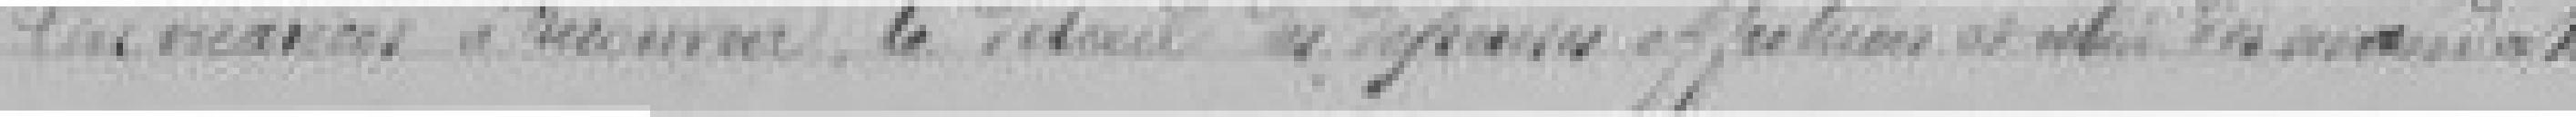
des créances à recouvrir, le détail des dépenses effectuées et celui des ???